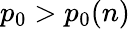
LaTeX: p_{0}>p_{0}(n)